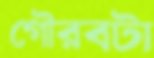
গৌরবটা